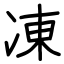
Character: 凍